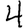
Digit: 4